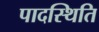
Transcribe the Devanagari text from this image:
पादस्थिति